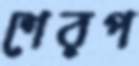
শেরপ